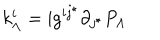
k _ { \Lambda } ^ { i } = \mathrm { { i } } g ^ { i j ^ { \star } } \partial _ { j ^ { \star } } P _ { \Lambda }